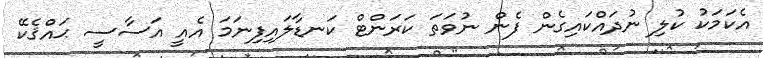
އެކަމަކު ކުލި ނުދައްކައިގެން ފެން ނުވަތަ ކަރަންޓް ކަނޑާލައިފިނަމަ އެއީ އަސާސީ ޙައްޤެކޭ